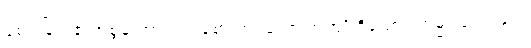
ခံစားခြင်း၏အစွမ်းအားဖြင့် ခံစားအပ်သော အကျိုးရှိသော။ ကမ္မံ၊ ပြုပြင်ခြင်း